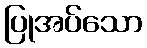
ပြုအပ်သော